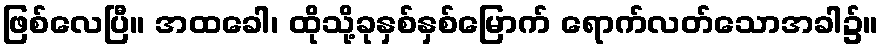
ဖြစ်လေပြီ။ အထခေါ၊ ထိုသို့ခုနှစ်နှစ်မြောက် ရောက်လတ်သောအခါ၌။